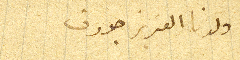
ولدنا العزيز جوزف